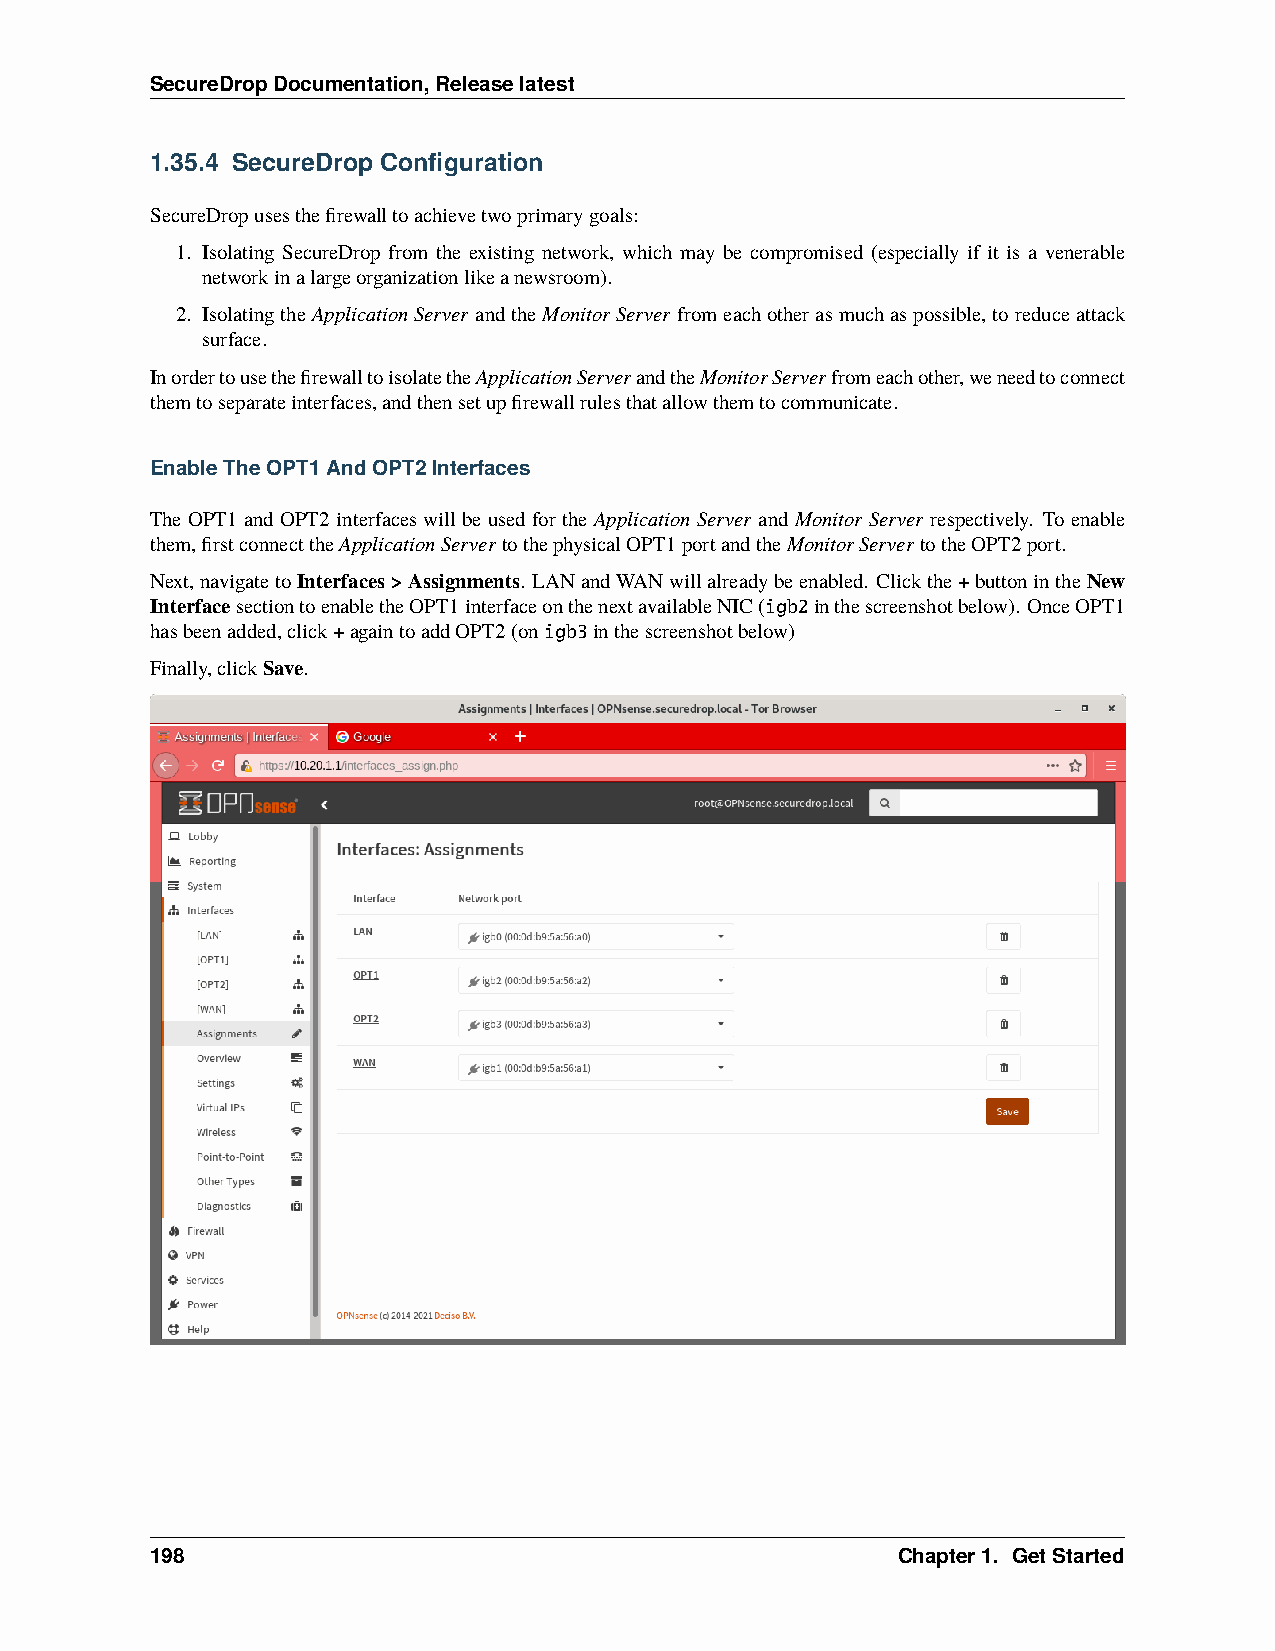
SecureDropDocumentation,Releaselatest
 1.35.4 SecureDrop Configuration
 SecureDropusesthefirewalltoachievetwoprimarygoals:
 1. Isolating SecureDrop from the existing network, which may be compromised (especially if it is a venerable
 networkinalargeorganizationlikeanewsroom).
 2. IsolatingtheApplicationServer andtheMonitorServer fromeachotherasmuchaspossible,toreduceattack
 surface.
 InordertousethefirewalltoisolatetheApplicationServerandtheMonitorServerfromeachother,weneedtoconnect
 themtoseparateinterfaces,andthensetupfirewallrulesthatallowthemtocommunicate.
 EnableTheOPT1AndOPT2Interfaces
 The OPT1 and OPT2 interfaces will be used for the Application Server and Monitor Server respectively. To enable
 them,firstconnecttheApplicationServertothephysicalOPT1portandtheMonitorServertotheOPT2port.
 Next,navigatetoInterfaces>Assignments. LANandWANwillalreadybeenabled. Clickthe+buttonintheNew
 InterfacesectiontoenabletheOPT1interfaceonthenextavailableNIC(igb2inthescreenshotbelow). OnceOPT1
 hasbeenadded,click+againtoaddOPT2(onigb3inthescreenshotbelow)
 Finally,clickSave.
 198                                              Chapter1. GetStarted